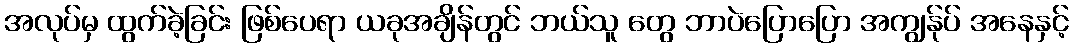
အလုပ်မှ ထွက်ခဲ့ခြင်း ဖြစ်ပေရာ ယခုအချိန်တွင် ဘယ်သူ တွေ ဘာပဲပြောပြော အကျွန်ုပ် အနေနှင့်